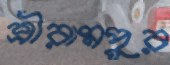
শ্রীরামপুর